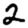
Digit: 2